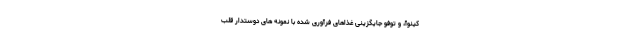
کینوآ، و توفو جایگزینی غذاهای فرآوری شده با نمونه های دوستدار قلب